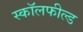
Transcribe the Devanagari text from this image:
स्कॉलफील्ड